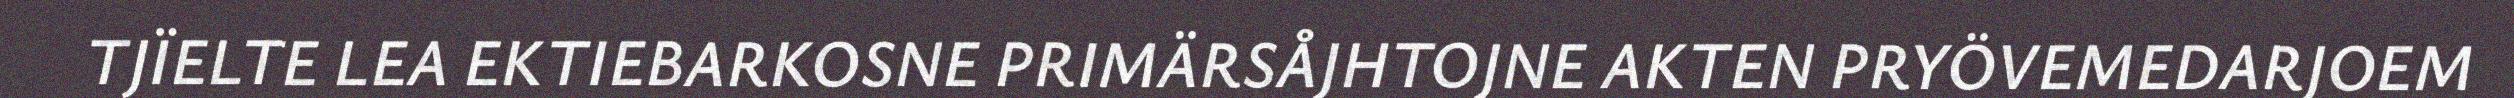
TJÏELTE LEA EKTIEBARKOSNE PRIMÄRSÅJHTOJNE AKTEN PRYÖVEMEDARJOEM